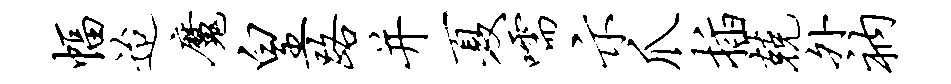
幅迨魔皇路并夏嚅示爪插兢外衲